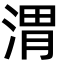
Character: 渭